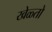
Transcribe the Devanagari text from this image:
खेळ्तो